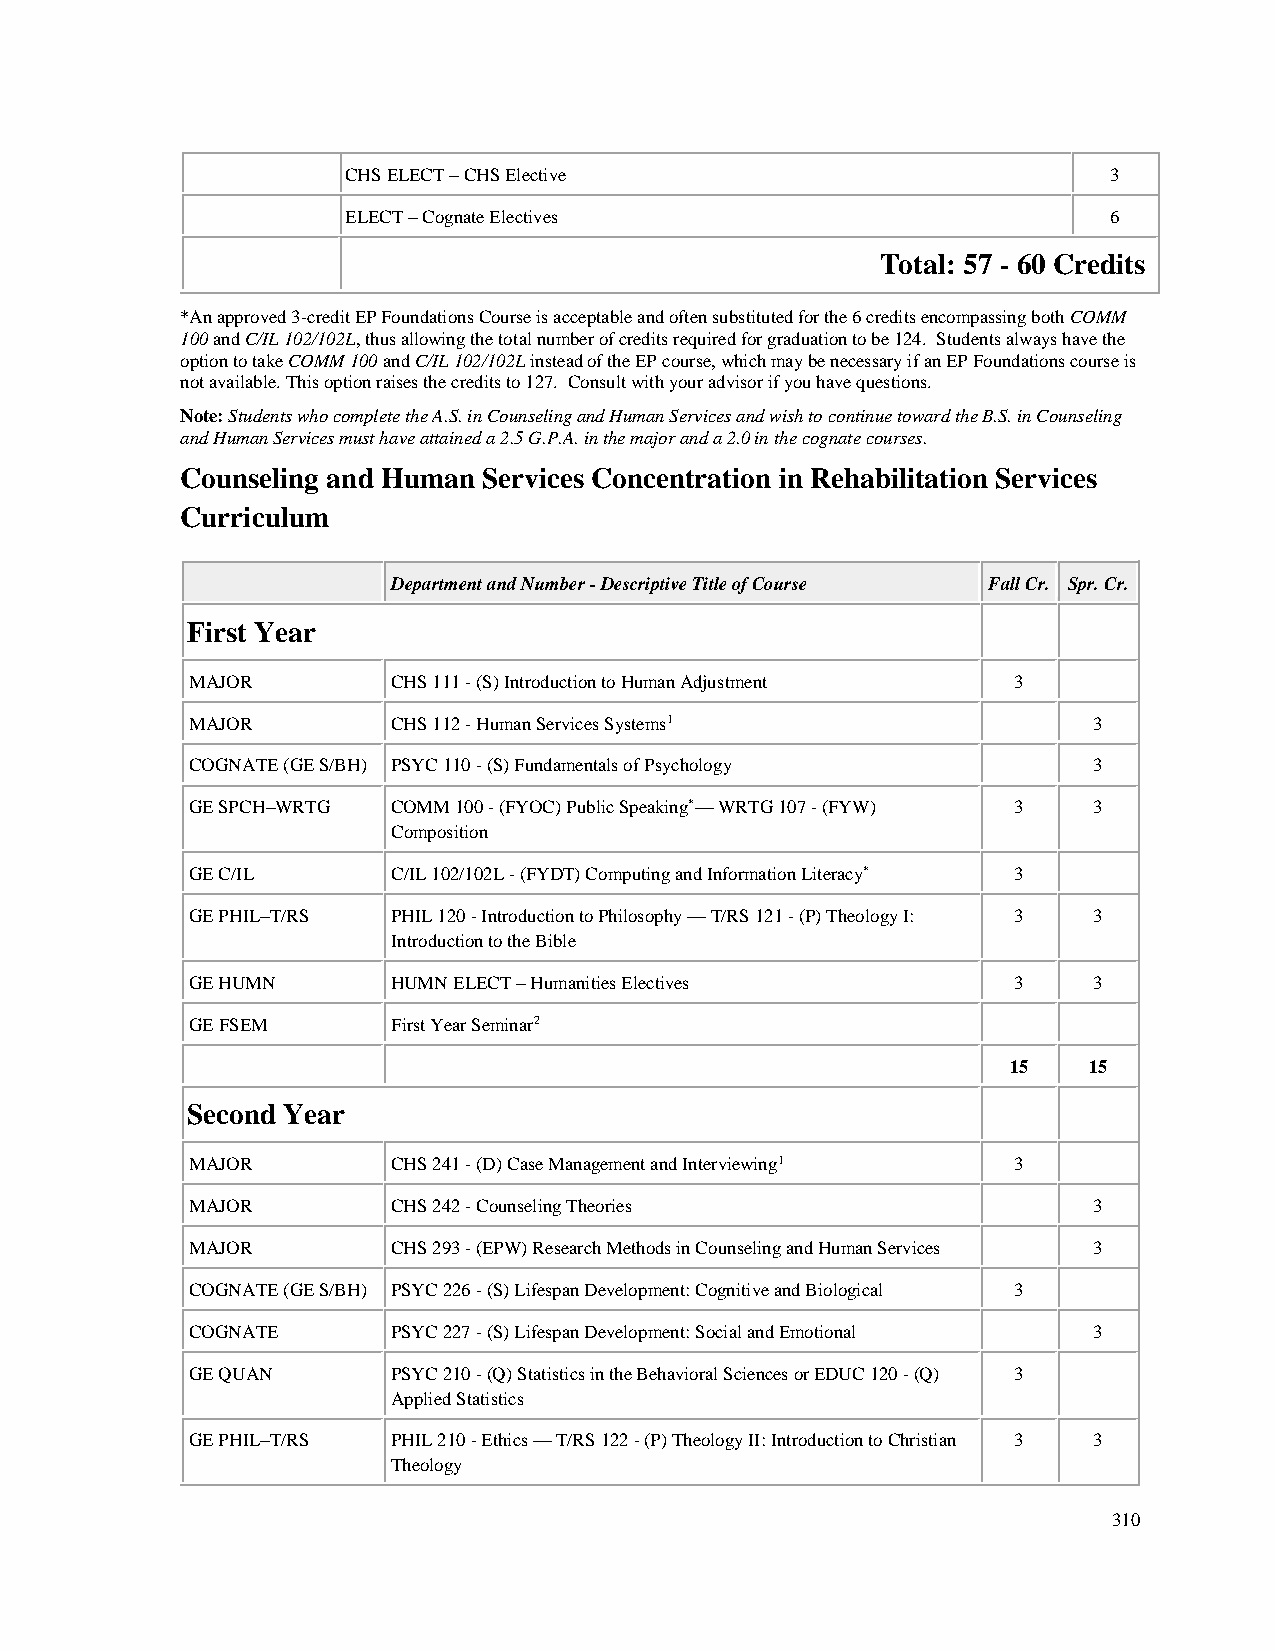
CHS ELECT – CHS Elective                          3
 ELECT – Cognate Electives                         6
 Total: 57 - 60 Credits
 *An approved 3-credit EP Foundations Course is acceptable and often substituted for the 6 credits encompassing both COMM
 100 and C/IL 102/102L, thus allowing the total number of credits required for graduation to be 124. Students always have the
 option to take COMM 100 and C/IL 102/102L instead of the EP course, which may be necessary if an EP Foundations course is
 not available. This option raises the credits to 127. Consult with your advisor if you have questions.
 Note: Students who complete the A.S. in Counseling and Human Services and wish to continue toward the B.S. in Counseling
 and Human Services must have attained a 2.5 G.P.A. in the major and a 2.0 in the cognate courses.
 Counseling and Human Services Concentration in Rehabilitation Services
 Curriculum
 Department and Number - Descriptive Title of Course Fall Cr. Spr. Cr.
 First Year
 MAJOR        CHS 111 - (S) Introduction to Human Adjustment 3
 MAJOR        CHS 112 - Human Services Systems1             3
 COGNATE (GE S/BH) PSYC 110 - (S) Fundamentals of Psychology 3
 GE SPCH–WRTG COMM 100 - (FYOC) Public Speaking*— WRTG 107 - (FYW) 3 3
 Composition
 GE C/IL      C/IL 102/102L - (FYDT) Computing and Information Literacy* 3
 GE PHIL–T/RS PHIL 120 - Introduction to Philosophy — T/RS 121 - (P) Theology I: 3 3
 Introduction to the Bible
 GE HUMN      HUMN ELECT – Humanities Electives        3    3
 GE FSEM      First Year Seminar2
 15   15
 Second Year
 MAJOR        CHS 241 - (D) Case Management and Interviewing1 3
 MAJOR        CHS 242 - Counseling Theories                 3
 MAJOR        CHS 293 - (EPW) Research Methods in Counseling and Human Services 3
 COGNATE (GE S/BH) PSYC 226 - (S) Lifespan Development: Cognitive and Biological 3
 COGNATE      PSYC 227 - (S) Lifespan Development: Social and Emotional 3
 GE QUAN      PSYC 210 - (Q) Statistics in the Behavioral Sciences or EDUC 120 - (Q) 3
 Applied Statistics
 GE PHIL–T/RS PHIL 210 - Ethics — T/RS 122 - (P) Theology II: Introduction to Christian 3 3
 Theology
 310